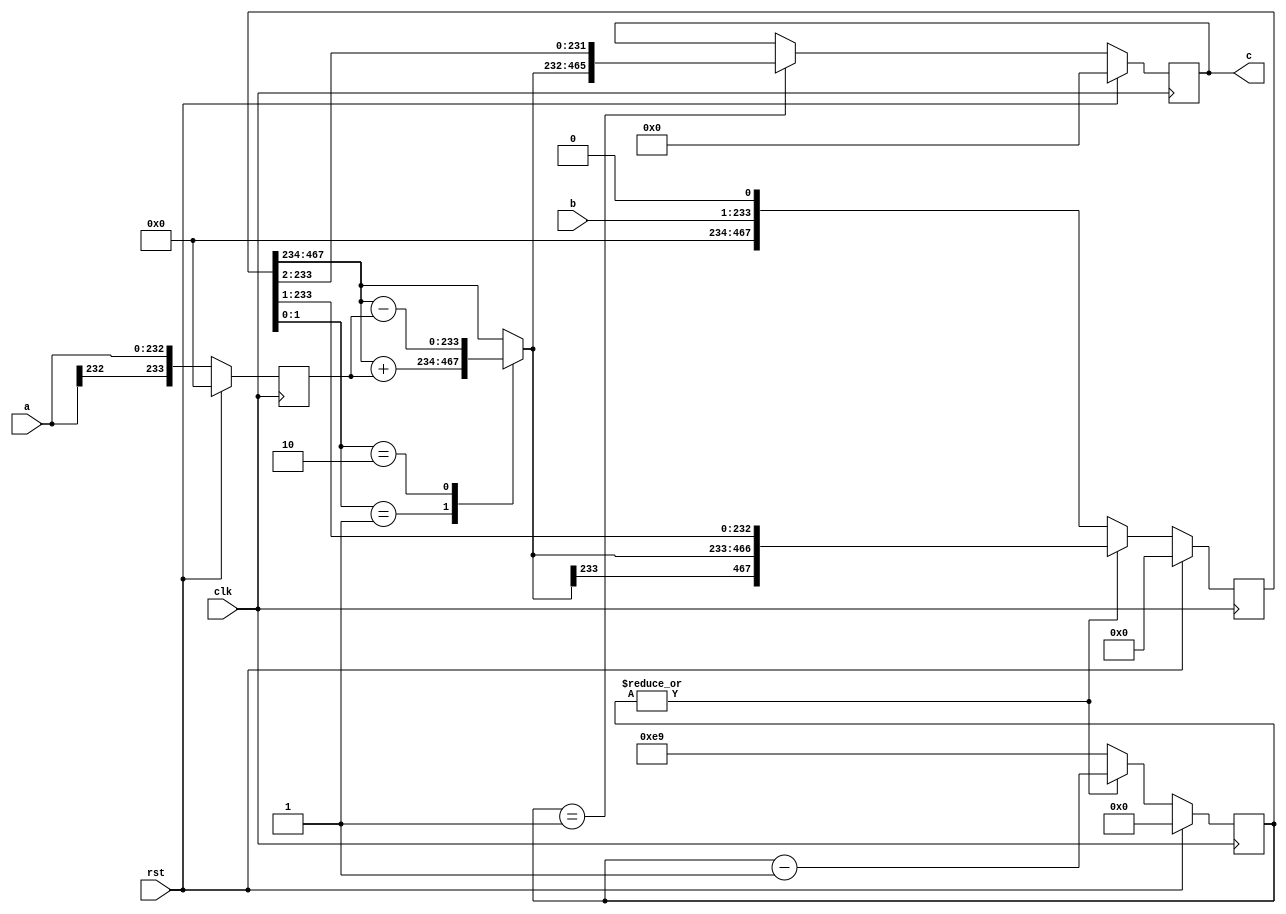
// TalTech large integer multiplier library
// Multiplier type: booth
// Parameters: 233 233 1
// Target tool: genus
module booth(clk, rst, a, b, c);
input clk;
input rst;
input [232:0] a;
input [232:0] b;
output reg [465:0] c;

// no pipeline vars

// Registers declaration 
reg  [233:0] mul_w_signguard;
reg  [7:0] count;
reg  [233:0] add_w_signguard;
reg  [467:0] mul_ab1;

// Step-1 of Booth Multiplier
always @(posedge clk) begin
	if (rst)
		count <= 8'd0;
	else if (|count)
		count <= (count - 1);
	else
		count <= 8'd233;
end

// Step-2 of Booth Multiplier
always @(posedge clk) begin
	if (rst)
		mul_w_signguard <= 233'd0;
	else
		mul_w_signguard <= {a[233 - 1], a};
end

// Step-3 of Booth Multiplier
always @(*) begin
	case (mul_ab1[1:0])
		2'b01     : add_w_signguard <= mul_ab1[467:234] + mul_w_signguard;
		2'b10     : add_w_signguard <= mul_ab1[467:234] - mul_w_signguard;
		default   : add_w_signguard <= mul_ab1[467:234];
	endcase
end

// Step-4 of Booth Multiplier
always @(posedge clk) begin
	if (rst)
		mul_ab1 <= 467'd0;
	else if (|count)
		mul_ab1 <= {add_w_signguard[233], add_w_signguard, mul_ab1[233:1]};
	else
		mul_ab1 <= {b, 1'b0};
end

// Step-5 of Booth Multiplier
always @(posedge clk) begin
	if (rst)
		c <= 465'd0;
	else if (count == 1)
		c <= {add_w_signguard[233], add_w_signguard, mul_ab1[233:2]};
end
endmodule